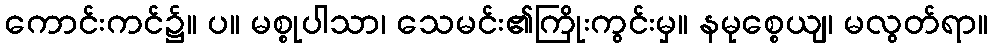
ကောင်းကင်၌။ ပ။ မစ္စုပါသာ၊ သေမင်း၏ကြိုးကွင်းမှ။ နမုစ္စေယျ၊ မလွတ်ရာ။